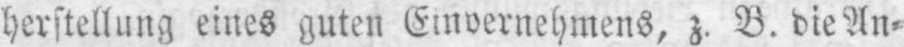
herstellung eines guten Einvernehmens, z. B. die An⸗